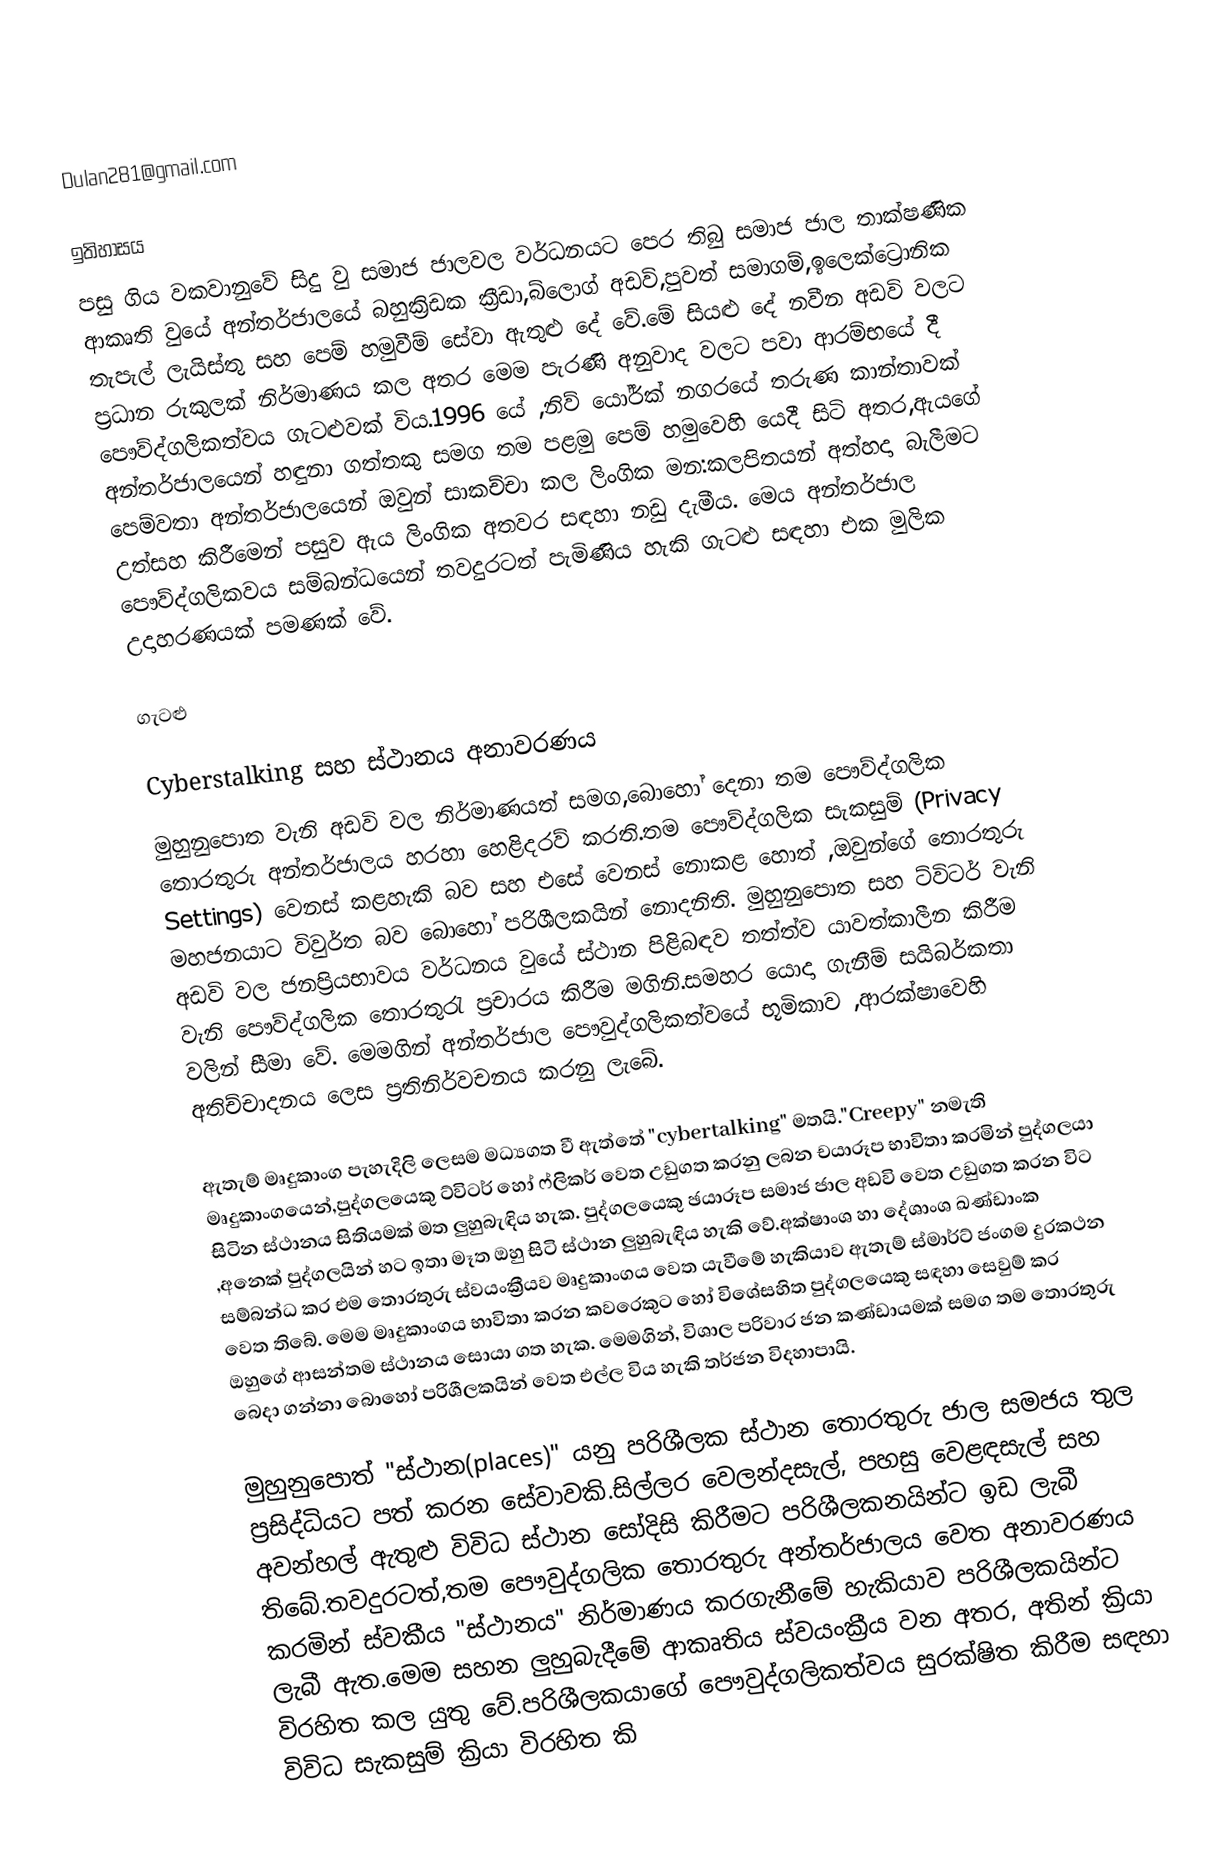
Dulan281@gmail.com

ඉතිහාසය
පසු ගිය වකවානුවේ සිදු වු සමාජ ජාලවල වර්ධනයට පෙර තිබු සමාජ ජාල තාක්ෂණික ආකෘති වුයේ අන්තර්ජාලයේ බහුක්‍රිඩක ක්‍රීඩා,බ්ලොග් අඩවි,පුවත් සමාගම්,ඉලෙක්ට්‍රොනික තැපැල් ලැයිස්තු සහ පෙම් හමුවීම් සේවා ඇතුළු දේ වේ.මේ සියළු දේ නවීන අඩවි වලට ප්‍රධාන රුකුලක් නිර්මාණය කල අතර මෙම පැරණි අනුවාද වලට පවා ආරම්භයේ දී පෞව්ද්ගලිකත්වය ගැටළුවක් විය.1996 යේ ,නිව් යෝර්ක් නගරයේ තරුණ කාන්තාවක් අන්තර්ජාලයෙන් හඳුනා ගත්තකු සමග තම පළමු පෙම් හමුවෙහි යෙදී සිටි අතර,ඇයගේ පෙම්වතා අන්තර්ජාලයෙන් ඔවුන් සාකච්චා කල ලිංගික මන:කලපිතයන් අත්හදා බැලීමට උත්සහ කිරීමෙන් පසුව ඇය ලිංගික අතවර සඳහා නඩු දැමීය. මෙය අන්තර්ජාල පෞව්ද්ගලිකවය සම්බන්ධයෙන් තවදුරටත් පැමිණිය හැකි ගැටළු සඳහා එක මුලික උදාහරණයක් පමණක් වේ.

ගැටළු

Cyberstalking සහ ස්ථානය අනාවරණය
මුහුනුපොත වැනි අඩවි වල නිර්මාණයත් සමග,බොහෝ දෙනා තම පෞව්ද්ගලික තොරතුරු අන්තර්ජාලය හරහා හෙළිදරව් කරති.තම පෞව්ද්ගලික සැකසුම් (Privacy Settings) වෙනස් කළහැකි බව සහ එසේ වෙනස් නොකළ හොත් ,ඔවුන්ගේ තොරතුරු මහජනයාට විවුර්ත බව බොහෝ පරිශීලකයින් නොදනිති. මුහුනුපොත සහ ට්විටර් වැනි අඩවි වල ජනප්‍රියභාවය වර්ධනය වුයේ ස්ථාන පිළිබඳව තත්ත්ව යාවත්කාලීන කිරීම වැනි පෞව්ද්ගලික තොරතුරැ ප්‍රචාරය කිරීම මගිනි.සමහර යොදා ගැනීම් සයිබර්කතා වලින් සීමා වේ. මෙමගින් අන්තර්ජාල පෞවුද්ගලිකත්වයේ භූමිකාව ,ආරක්ෂාවෙහි අතිච්චාදනය ලෙස ප්‍රතිනිර්වචනය කරනු ලැබේ.

ඇතැම් මෘදුකාංග පැහැදිලි ලෙසම මධ්‍යගත වී ඇත්තේ "cybertalking" මතයි."Creepy" නමැති මෘදුකාංගයෙන්,පුද්ගලයෙකු ට්විටර් හෝ ෆ්ලිකර් වෙත උඩුගත කරනු ලබන චයාරූප භාවිතා කරමින් පුද්ගලයා සිටින ස්ථානය සිතියමක් මත ලුහුබැඳිය හැක. පුද්ගලයෙකු ඡයාරූප සමාජ ජාල අඩවි වෙත උඩුගත කරන විට ,අනෙක් පුද්ගලයින් හට ඉතා මෑත ඔහු සිටි ස්ථාන ලුහුබැඳිය හැකි වේ.අක්ෂාංශ හා දේශාංශ ඛණ්ඩාංක සම්බන්ධ කර එම තොරතුරු ස්වයංක්‍රීයව මෘදුකාංගය වෙත යැවීමේ හැකියාව ඇතැම් ස්මාර්ට් ජංගම දුරකථන වෙත තිබේ. මෙම මෘදුකාංගය භාවිතා කරන කවරෙකුට හෝ විශේසහිත පුද්ගලයෙකු සඳහා සෙවුම් කර ඔහුගේ ආසන්තම ස්ථානය සොයා ගත හැක. මෙමගින්, විශාල පරිවාර ජන කණ්ඩායමක් සමග තම තොරතුරු බෙදා ගන්නා බොහෝ පරිශීලකයින් වෙත එල්ල විය හැකි තර්ජන විදහාපායි.

මුහුනුපොත් "ස්ථාන(places)" යනු පරිශීලක ස්ථාන තොරතුරු ජාල සමජය තුල ප්‍රසිද්ධියට පත් කරන සේවාවකි.සිල්ලර වෙලන්දසැල්, පහසු වෙළඳසැල් සහ අවන්හල් ඇතුළු විවිධ ස්ථාන සෝදිසි කිරීමට පරිශීලකනයින්ට ඉඩ ලැබී තිබේ.තවදුරටත්,තම පෞවුද්ගලික තොරතුරු අන්තර්ජාලය වෙත අනාවරණය කරමින් ස්වකීය "ස්ථානය" නිර්මාණය කරගැනීමේ හැකියාව පරිශීලකයින්ට ලැබී ඇත.මෙම සහන ලුහුබැදීමේ ආකෘතිය ස්වයංක්‍රීය වන අතර, අතින් ක්‍රියා විරහිත කල යුතු වේ.පරිශීලකයාගේ පෞවුද්ගලිකත්වය සුරක්ෂිත කිරීම සඳහා විවිධ සැකසුම් ක්‍රියා විරහිත කි